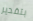
بتقدير